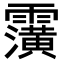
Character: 𮦹